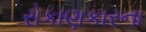
રોકાણકારના